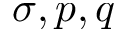
\sigma , p , q